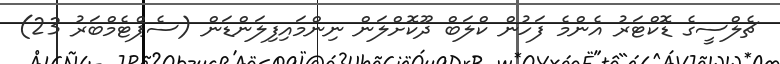
ޗެލްސީގެ ޑޮކްޓަރު އެންމެ ފަހުން ކްލަބް ދޫކޮށްލަން ނިންމައިފިލަންޑަން (ސެޕްޓެމްބަރު 23)